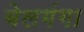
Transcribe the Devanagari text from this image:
बेलगंगा